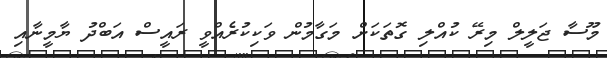
މޫސާ ޖަލީލް މިރޭ ކުއްލި ގޮތަކަށް މަގާމުން ވަކިކުރެއްވީ ރައީސް އަބްދު ޔާމީނާއި